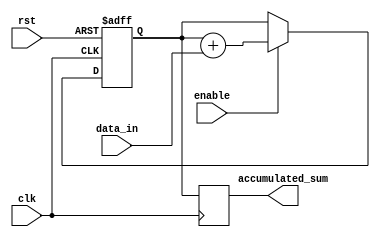
module accumulator(
    input wire clk, // clock signal
    input wire rst, // reset signal
    input wire enable, // enable signal
    input wire [7:0] data_in, // input data
    output reg [15:0] accumulated_sum // output accumulated sum
);

reg [15:0] temp_sum;

always @(posedge clk or posedge rst) begin
    if (rst) begin
        temp_sum <= 16'h0000;
    end else if (enable) begin
        temp_sum <= temp_sum + data_in;
    end
end

always @(posedge clk) begin
    accumulated_sum <= temp_sum;
end

endmodule